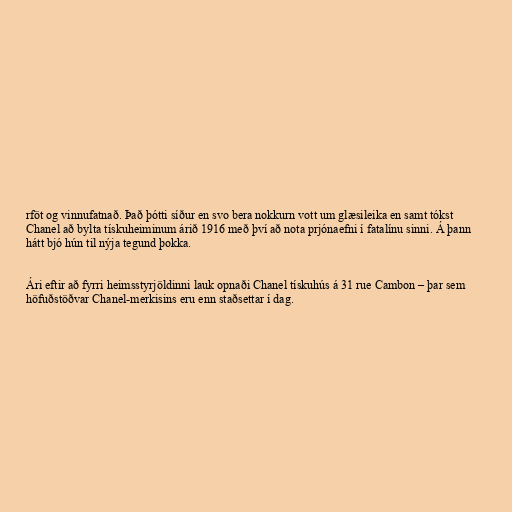
rföt og vinnufatnað. Það þótti síður en svo bera nokkurn vott um glæsileika en samt tókst
Chanel að bylta tískuheiminum árið 1916 með því að nota prjónaefni í fatalínu sinni. Á þann
hátt bjó hún til nýja tegund þokka.

Ári eftir að fyrri heimsstyrjöldinni lauk opnaði Chanel tískuhús á 31 rue Cambon – þar sem
höfuðstöðvar Chanel-merkisins eru enn staðsettar í dag.